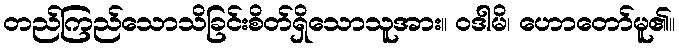
တည်ကြည်သောသိခြင်းစိတ်ရှိသောသူအား။ ဝဒါမိ၊ ဟောတော်မူ၏။